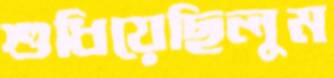
শুধিয়েছিলুম